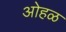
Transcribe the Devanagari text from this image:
ओहळ